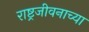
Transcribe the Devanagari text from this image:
राष्ट्रजीवनाच्या